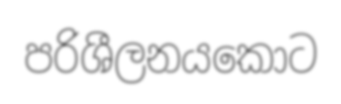
පරිශීලනයකොට